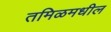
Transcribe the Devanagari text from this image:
तमिळमधील